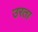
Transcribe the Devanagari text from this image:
उरता